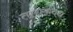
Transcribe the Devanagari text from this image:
ताराकवध